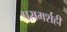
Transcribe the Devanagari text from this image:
परामर्शही